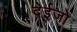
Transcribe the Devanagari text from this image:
देईजो